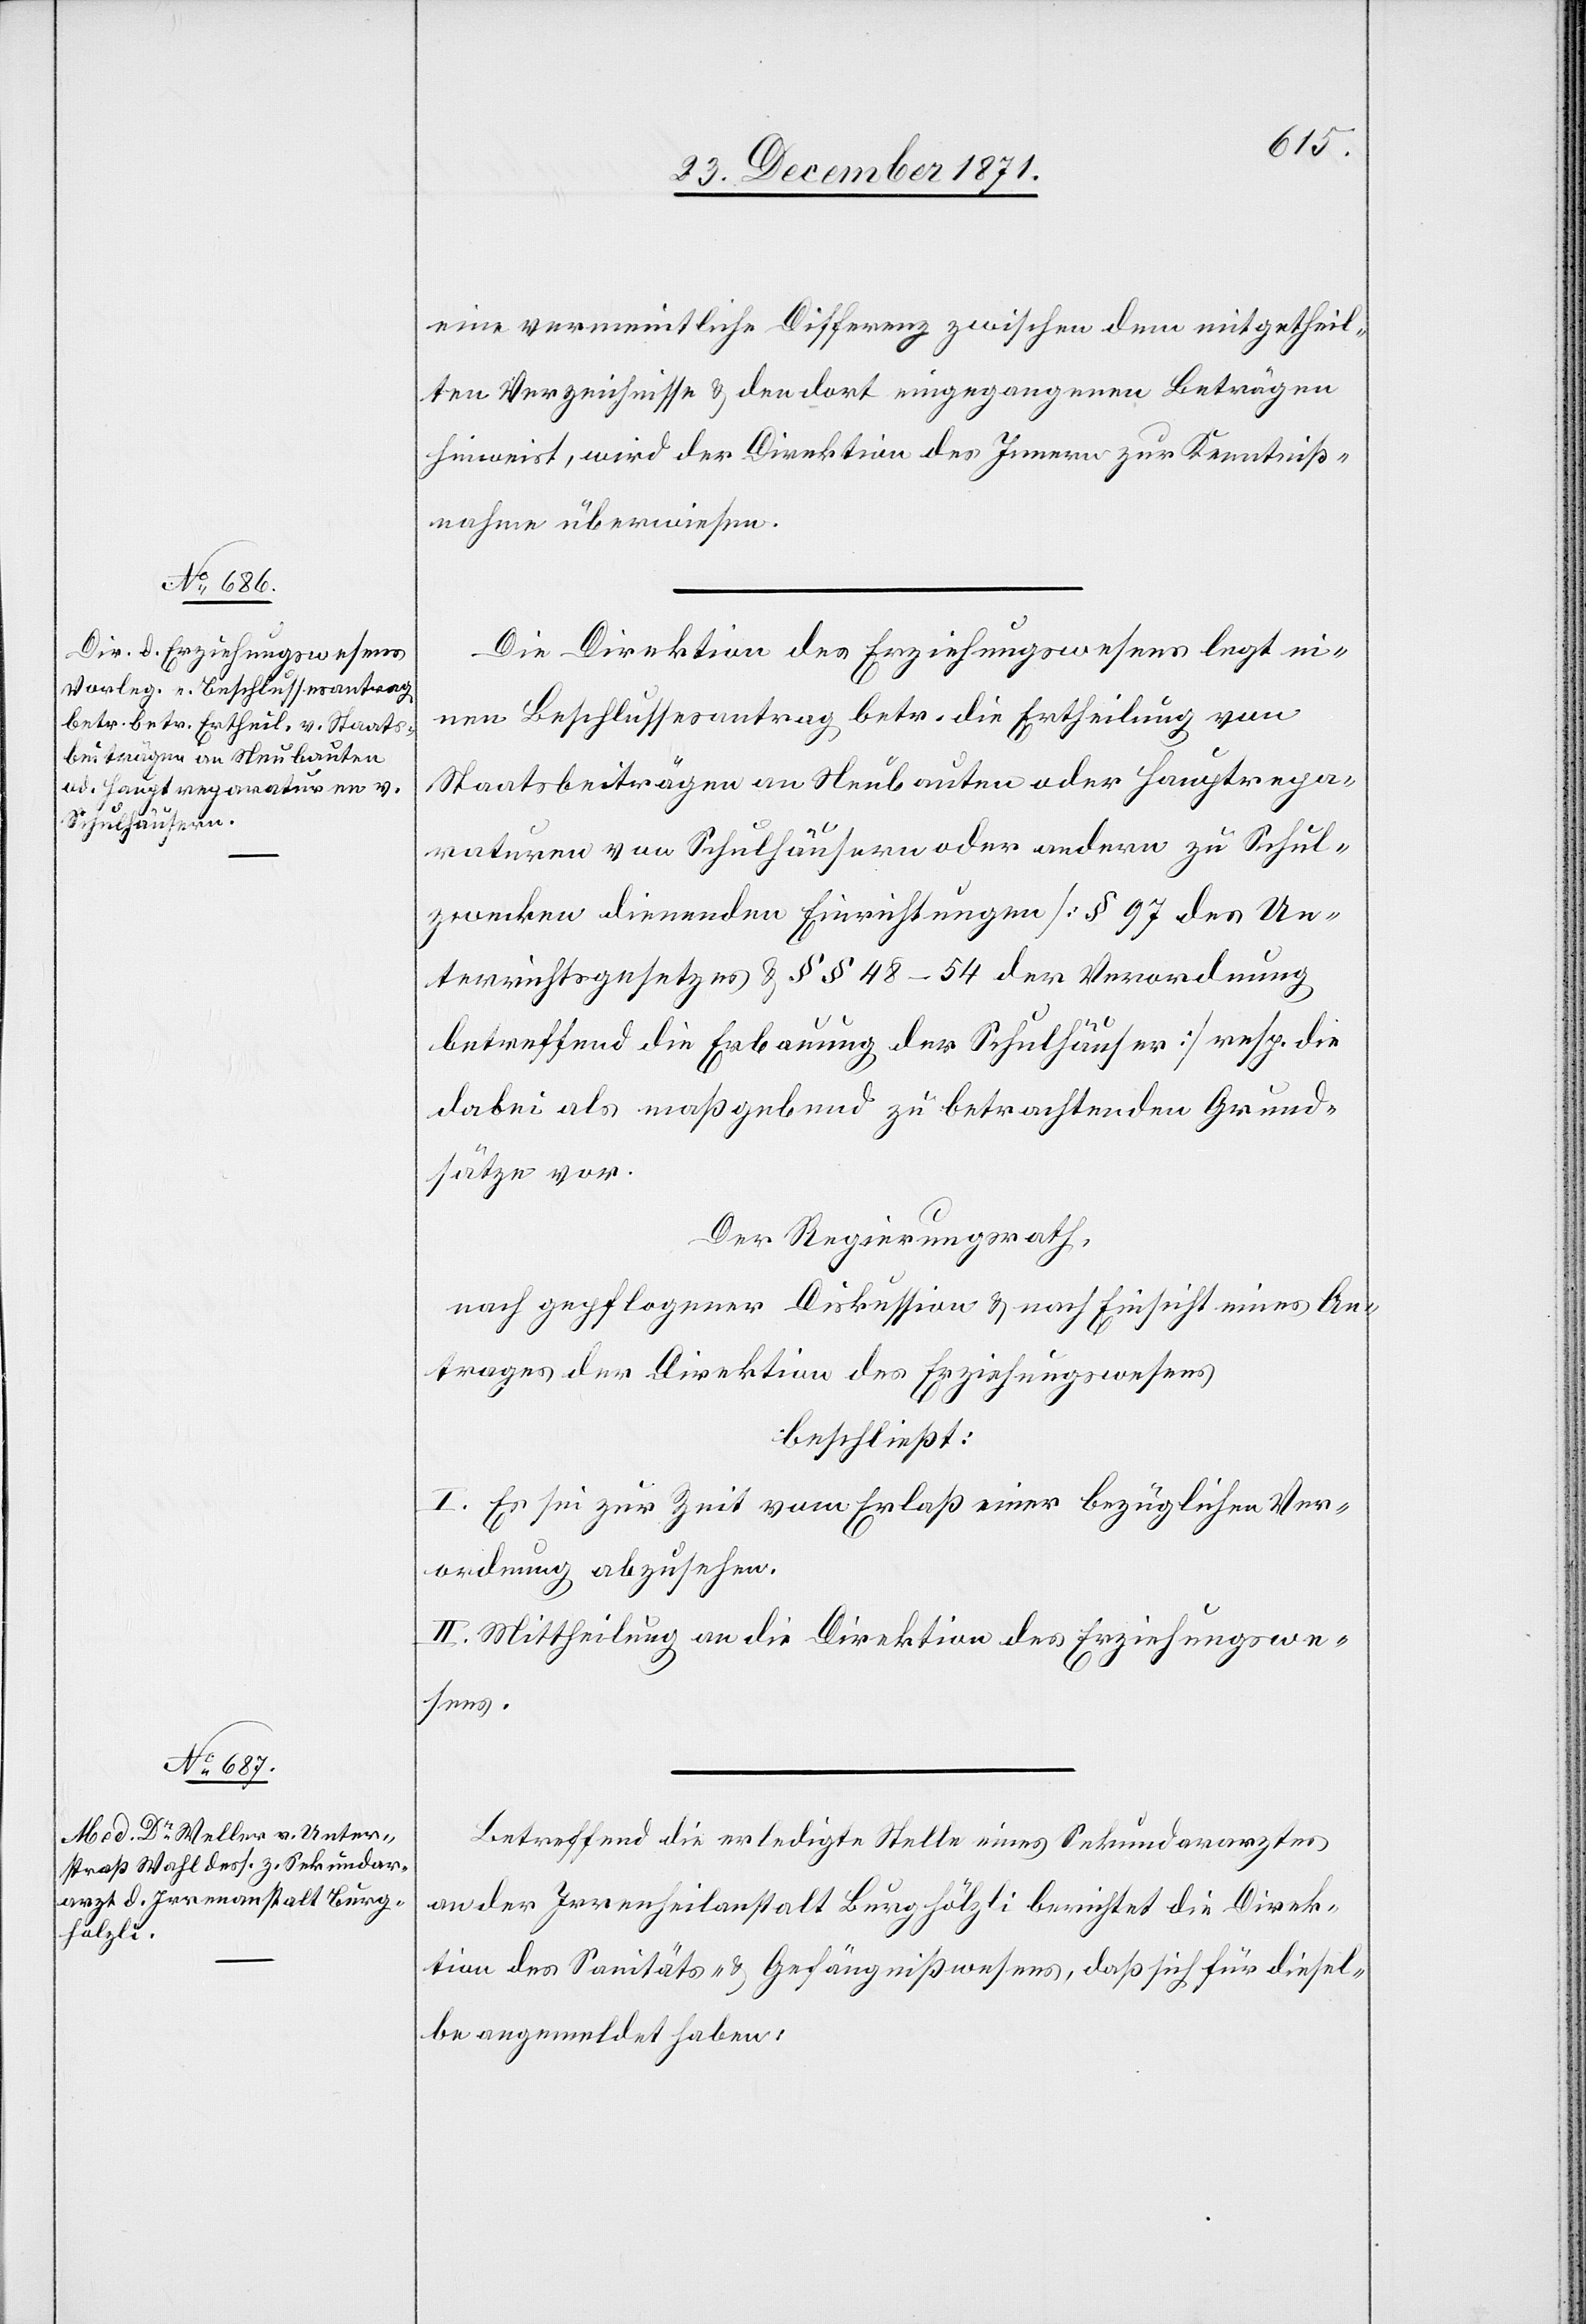
eine vermeintliche Differenz zwischen dem mitgetheil¬
ten Verzeichnisse & den dort eingegangenen Beträgen
hinweist, wird der Direktion des Innern zur Kenntniß¬
nahme überwiesen.
Die Direktion des Erziehungswesens legt ei¬
nen Beschlussesantrag betr. die Ertheilung von
Staatsbeiträgen an Neubauten oder Hauptrepa¬
raturen von Schulhäusern oder andern zu Schul¬
zwecken dienenden Einrichtungen [§ 97 des Un¬
terrichtsgesetzes & §§ 48–54 der Verordnung
betreffend die Erbauung der Schulhäuser] resp. die
dabei als maßgebend zu betrachtenden Grund¬
sätze vor.
Der Regierungsrath,
nach gepflogener Diskussion & nach Einsicht eines An¬
trages der Direktion des Erziehungswesens
beschließt:
I. Es sei zur Zeit vom Erlaß einer bezüglichen Ver¬
ordnung abzusehen.
II. Mittheilung an die Direktion des Erziehungswe¬
sens.
Betreffend die erledigte Stelle eines Sekundararztes
an der Irrenheilanstalt Burghölzli berichtet die Direk¬
tion des Sanitäts- & Gefängnißwesens, daß sich für diesel¬
be angemeldet haben: